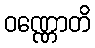
ဝဏ္ဏောတိ